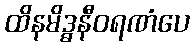
ထိနမိဒ္ဓနီဝရဏံပေ